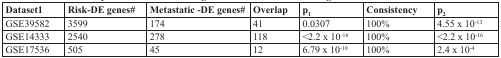
<table><thead><tr><td><b>Dataset1</b></td><td><b>Risk-DE genes#</b></td><td><b>Metastatic -DE genes#</b></td><td><b>Overlap</b></td><td><b>p<sub>1</sub></b></td><td><b>Consistency</b></td><td><b>p<sub>2</sub></b></td></tr></thead><tbody><tr><td>GSE39582</td><td>3599</td><td>174</td><td>41</td><td>0.0307</td><td>100%</td><td>4.55 × 10<sup>−13</sup></td></tr><tr><td>GSE14333</td><td>2540</td><td>278</td><td>118</td><td>&lt;2.2 × 10<sup>−16</sup></td><td>100%</td><td>&lt;2.2 × 10<sup>−16</sup></td></tr><tr><td>GSE17536</td><td>505</td><td>45</td><td>12</td><td>6.79 × 10<sup>−10</sup></td><td>100%</td><td>2.4 × 10<sup>−4</sup></td></tr></tbody></table>